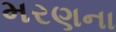
મરણના